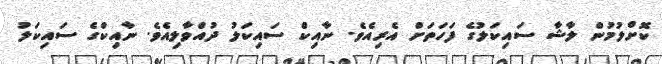
ކޮށްލުމުން ލާޝާ ސައިކަލުގެ ފަހަތަށް އެރިއެވެ. ނާއިކް ސައިކަލު ދުއްވާލިއެވެ. ނާއިކްގެ ސައިކަލު